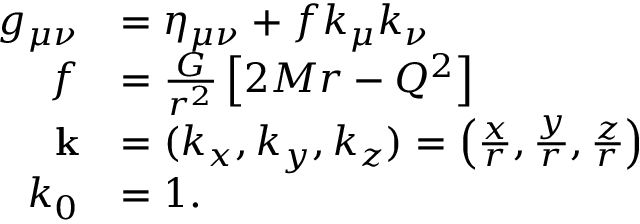
{ \begin{array} { r l } { g _ { \mu \nu } } & { = \eta _ { \mu \nu } + f k _ { \mu } k _ { \nu } } \\ { f } & { = { \frac { G } { r ^ { 2 } } } \left[ 2 M r - Q ^ { 2 } \right] } \\ { \mathbf { k } } & { = ( k _ { x } , k _ { y } , k _ { z } ) = \left( { \frac { x } { r } } , { \frac { y } { r } } , { \frac { z } { r } } \right) } \\ { k _ { 0 } } & { = 1 . } \end{array} }